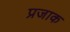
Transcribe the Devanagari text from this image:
प्रजाक